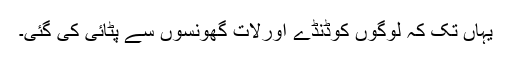
یہاں تک کہ لوگوں کوڈنڈے اورلات گھونسوں سے پٹائی کی گئی۔